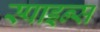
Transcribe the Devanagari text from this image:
स्पाइन्स